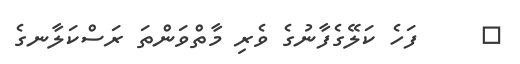
١     ފަހެ ކަލޭގެފާނުގެ ވެރި މާތްވަންތަ ރަސްކަލާނގެ